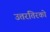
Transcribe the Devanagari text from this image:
उत्तरतिरको